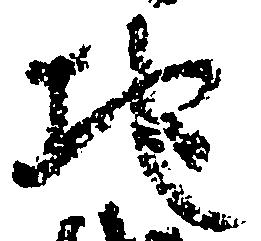
地